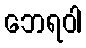
ဘေရဝါ